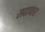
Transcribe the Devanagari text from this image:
सदाचारः